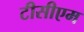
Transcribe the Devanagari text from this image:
टीसीएम